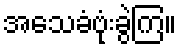
အသေခံဗုံးခွဲကြ။